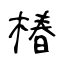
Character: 椿